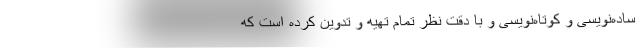
ساده‌نویسی و کوتاه‌نویسی و با دقت نظر تمام تهیه و تدوین کرده است که